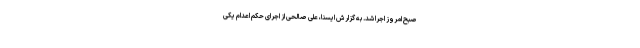
صبح امروز اجرا شد. به گزارش ایسنا، علی صالحی از اجرای حکم اعدام یکی